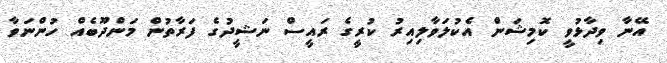
އޭނާ ވިދާޅުވީ ކޮމިޝަން އެކުލަވާލިއިރު ކުރީގެ ރައީސް ނަޝީދުގެ ފަރާތުން މަންދޫބެއް ހުންނަވާ